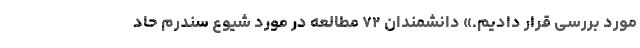
مورد بررسی قرار دادیم.» دانشمندان ۷۲ مطالعه در مورد شیوع سندرم حاد